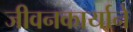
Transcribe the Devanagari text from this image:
जीवनकार्याने